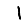
Digit: 1